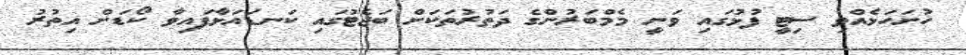
ހުށަހަޅެއްވި ސިޓީ ފުޅުގައި ވަނީ މެމްބަރުންގެ ދަތުރުތަކަށް ބަޖެޓުގައި ކަނޑައަޅާފައިވާ ކޯޑަށް އިތުރު